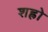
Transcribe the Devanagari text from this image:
शह्रो